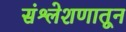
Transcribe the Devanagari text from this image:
संश्लेशणातून